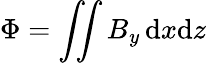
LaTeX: \Phi=\int\! \! \! \int B_{y}\, {\mathrm d}x{\mathrm d}z